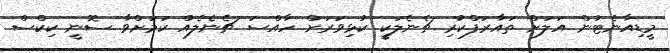
މީޑިއާނެޓުން އަލަށް ތައާރަފްކުރި ޗެނެލަކީ ކުޅިވަރަށް ހާއްސަ ޗެނެލެއް ކަމަށްވާ ސޮނީ ކިކްސް